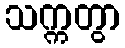
သက္ကတွာ